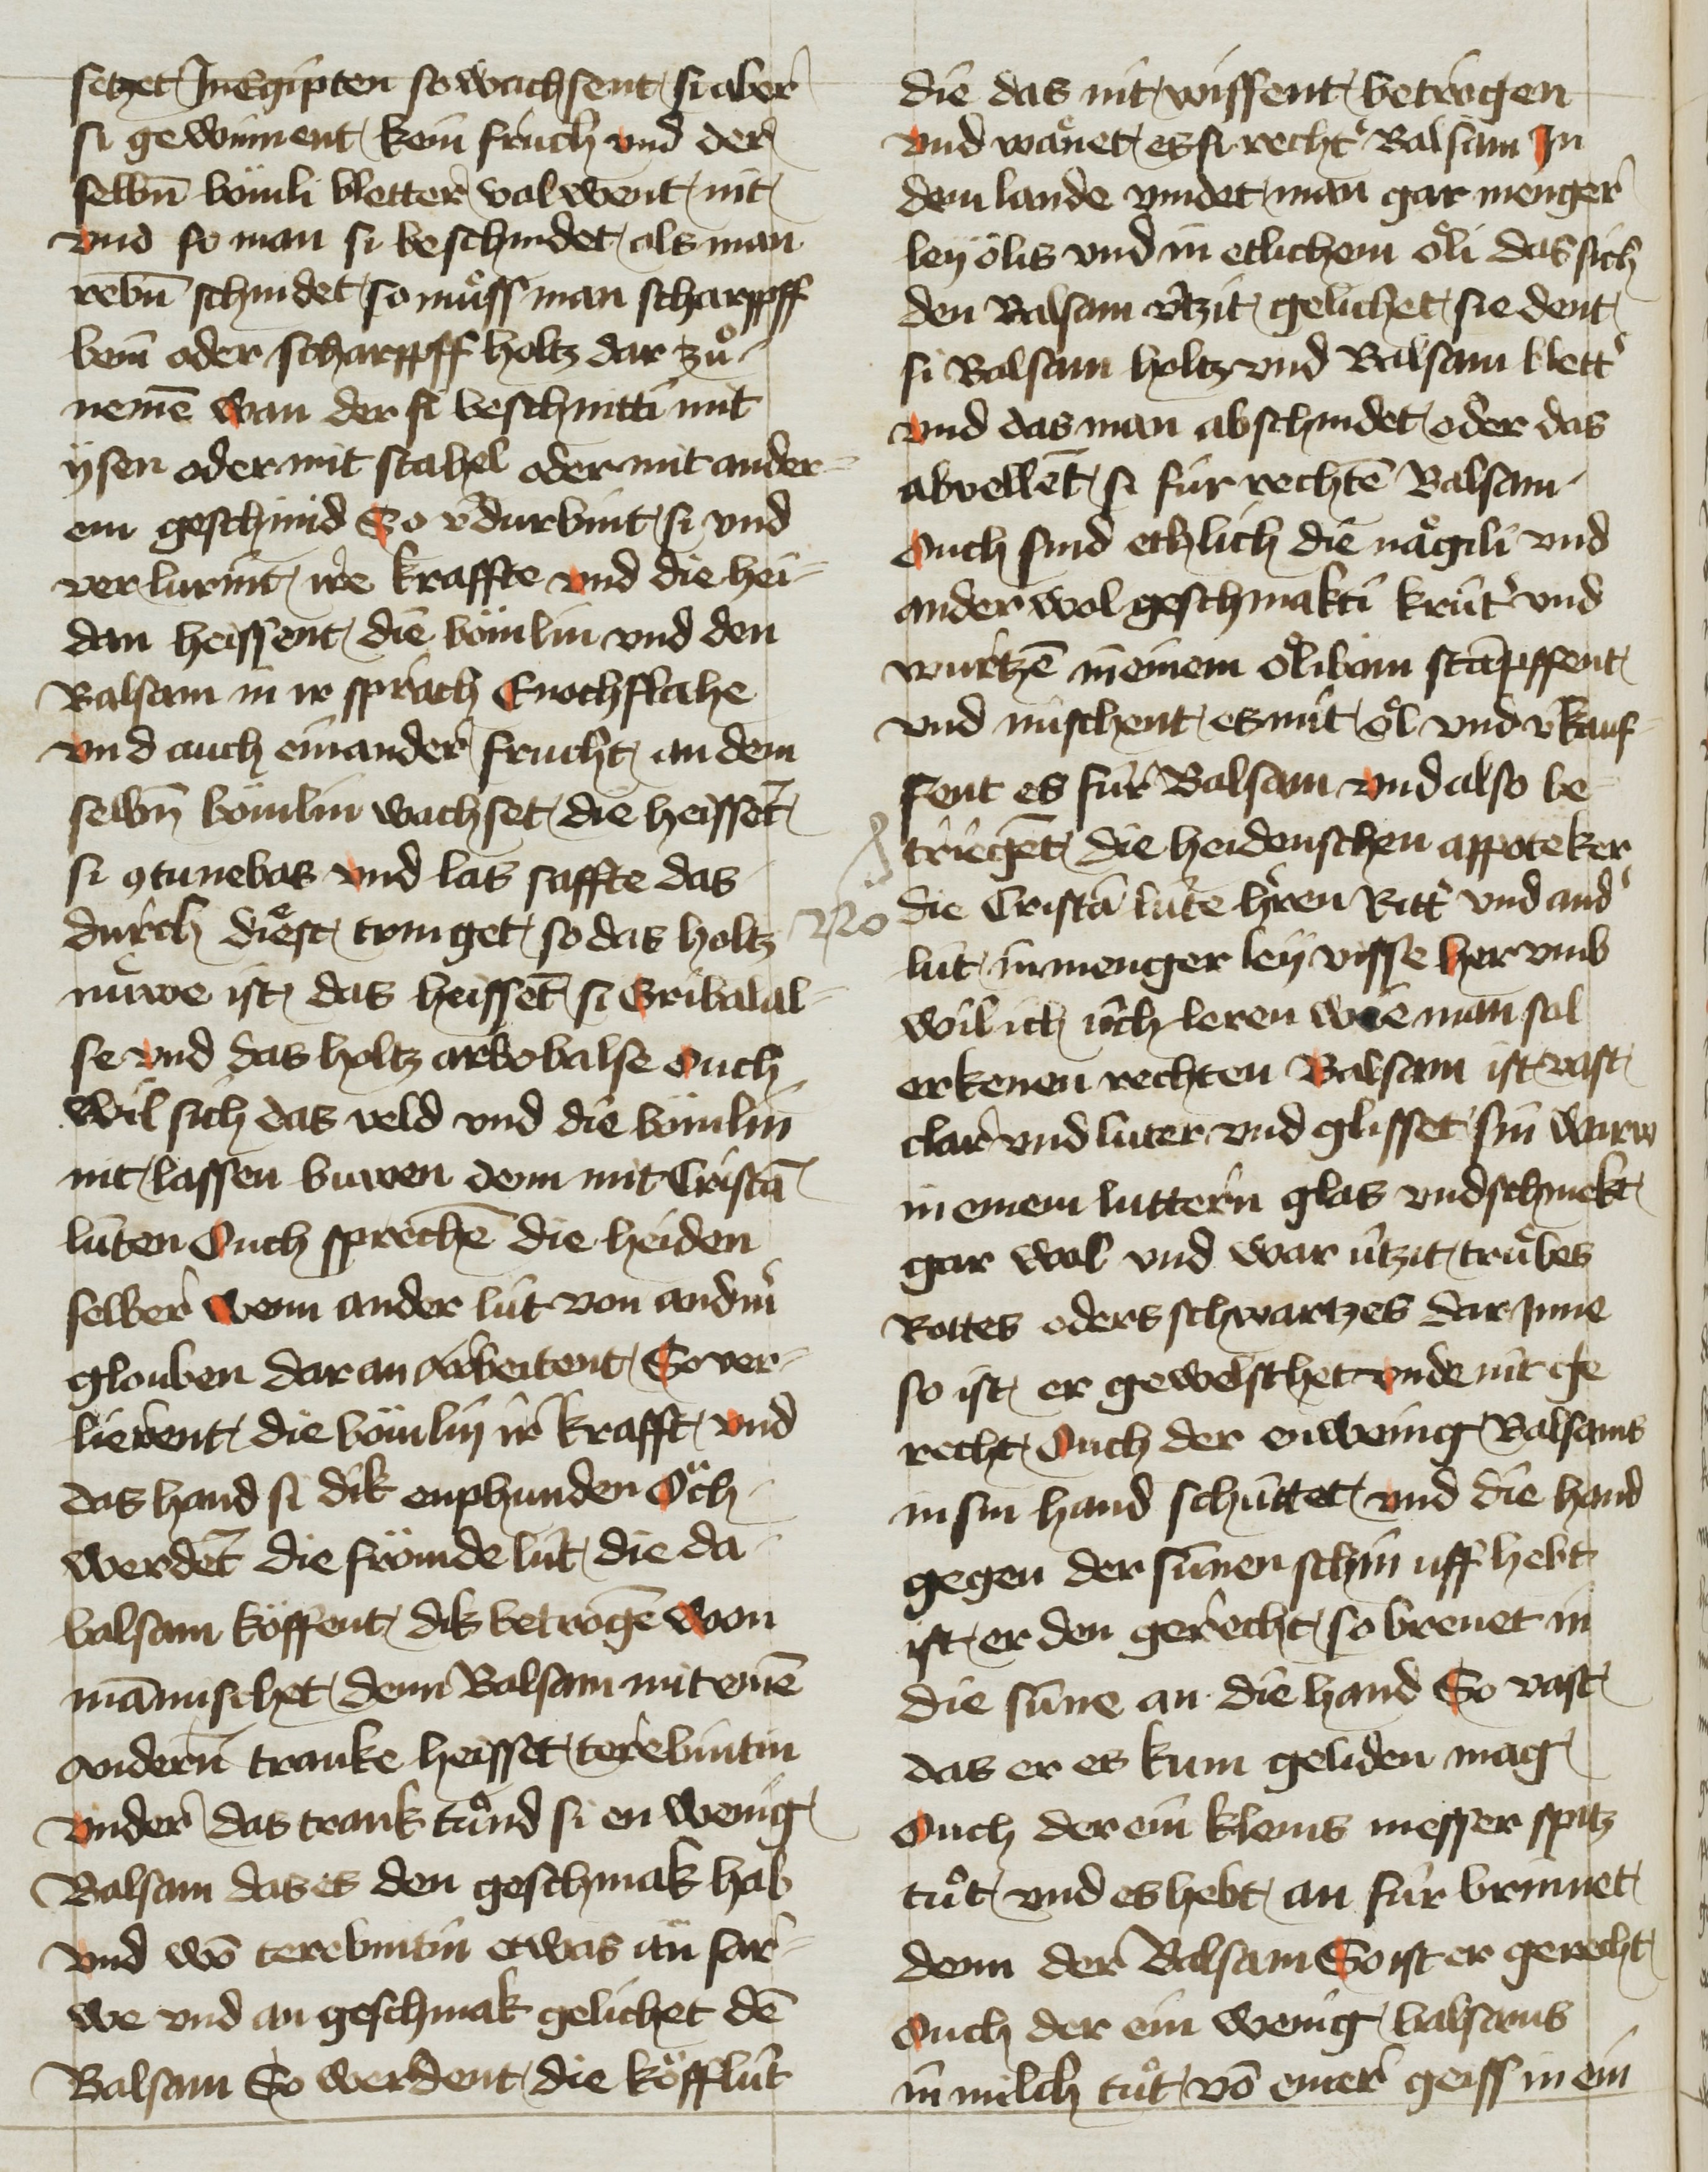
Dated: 1425–1449